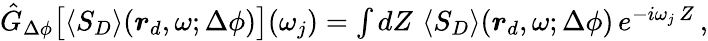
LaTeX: \begin{array}{r}{\hat{G}_{\Delta\phi}\big[\langle S_{D}\rangle(\boldsymbol{r}_{d},\omega;\Delta\phi)\big](\omega_{j})=\int dZ\, \, \langle S_{D}\rangle(\boldsymbol{r}_{d},\omega;\Delta\phi)\, e^{-i\omega_{j}\, Z}\, ,}\end{array}